Report on the administration of the Government Cinchona Department 1892-98
Year: 1892
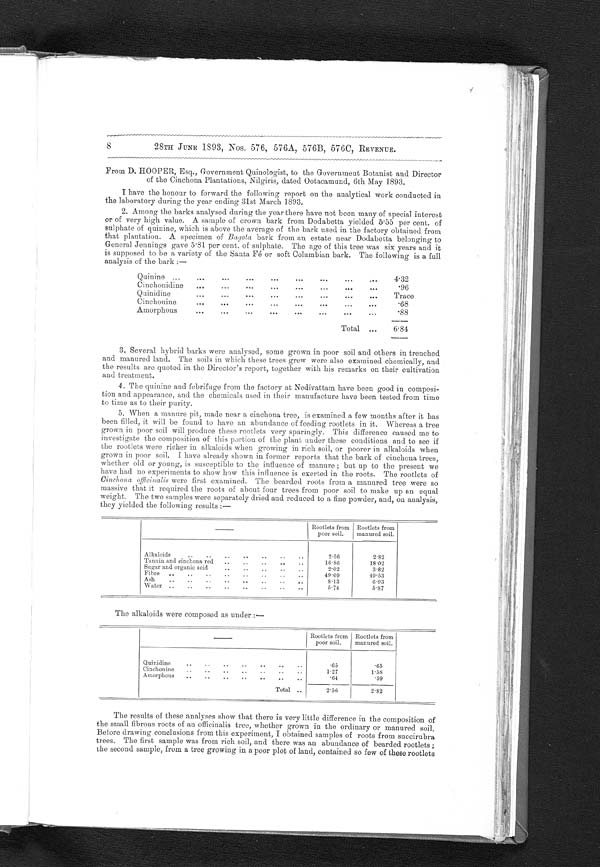
8
28TH JUNE 1893, Nos. 576, 576A, 576B, 576C, REVENUE.
From D. HOOPER, Esq., Government Quinologist, to the Government Botanist and Director
of the Cinchona Plantations, Nilgiris, dated Ootacamund, 6th May 1893.
I have the honour to forward the following report on the analytical work conducted in
the laboratory during the year ending 31st March 1893.
2. Among the barks analysed during the year there have not been many of special interest
or of very high value. A sample of crown bark from Dodabetta yielded 5.55 per cent. of
sulphate of quinine, which is above the average of the bark used in the factory obtained from
that plantation. A specimen of Ba g o t a b a r k
f r o m a n e s t a t e n e a r D o d a b e t t a b e l o n g i n g t o
General Jennings gave 5.81 per cent. of sulphate. The age of this tree was six years and it
is supposed to be a variety of the Santa Fé or soft Columbian bark. The following is a full
analysis of the bark :—
Q uinine
.
.
.
4.32
C inchonidine . . .
.96
Quinidine . . .
Trace
Cinchonine . . .
.68
Amorphous . . .
.88
3. everal hybrid barks were analysed, some grown in poor soil and others in trenched
and manured land. The soils in which these trees grew were also examined chemically, and
the results are quoted in the Director's report, together with his remarks on their cultivation
and treatment.
4. The quinine and febrifuge from the factory at Nedivattam have been good in composi-
tion and appearance, and the chemicals used in their manufacture have been tested from time
to time as to their purity.
5. When a manure pit, made near a cinchona tree, is examined a few months after it has
been filled, it will be found to have an abundance of feeding rootlets in it. Whereas a tree
grown in poor soil will produce these rootlets very sparingly. This difference caused me to
investigate the composition of this portion of the plant under these conditions and to see if
the rootlets were richer in alkaloids when growing in rich soil, or poorer in alkaloids when
grown in poor soil. I have already shown in former reports that the bark of cinchona trees,
whether old or young, is susceptible to the influence of manure ; but up to the present we
have had no experiments to show how this influence is exerted in the roots. The rootlets of
Cinchona officinalis were first examined. The bearded roots from a manured tree were so
massive that it required the roots of about four trees from poor soil to make up an equal
weight. The two samples were separately dried and reduced to a fine powder, and, on analysis,
they yielded the following results :—
Rootlets from
poor soil.
Rootlets from
manured soil.
Alkaloids . . .
2 . 5 6
2.82
Tannin and cinchona red . . .
16.86
18.02
Sugar and organic acid. . .
2.26
3.82
Fibre . . .
4 9 . 0 9
49.53
Ash . . .
8.13
6.93
Water . . .
5.74
5.87
The alkaloids were composed as under :—
Rootlets from
poor soil.
Rootlets from
manured soil.
Quinidine . . .
.65
.65
Cinchonine . . .
1.27
1.58
Amorphous . . .
.64
.59
Total . . .
2.56
2.82
The results of these analyses show that there is very little difference in the composition of
the small fibrous roots of an officinalis tree, whether grown in the ordinary or manured soil.
Before drawing conclusions from this experiment, I obtained samples of roots from succirubra
trees. The first sample was from rich soil, and there was an abundance of bearded rootlets ;
the second sample, from a tree growing in a poor plot of land, contained so few of these rootlets